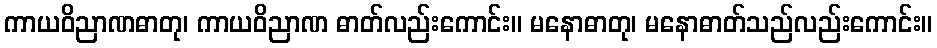
ကာယဝိညာဏဓာတု၊ ကာယဝိညာဏ ဓာတ်လည်းကောင်း။ မနောဓာတု၊ မနောဓာတ်သည်လည်းကောင်း။